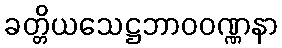
ခတ္တိယသေဋ္ဌဘာဝဝဏ္ဏနာ